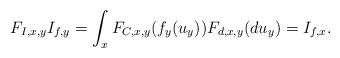
LaTeX: \begin{align*} F_{I,x,y}I_{f,y}=\int_{x} F_{C,x,y}(f_{y}(u_{y}))F_{d,x,y}(du_{y})=I_{f,x}. \end{align*}